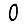
Digit: 0